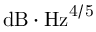
\mathrm { { d B } \cdot \mathrm { { H z } ^ { 4 / 5 } } }